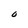
Character: O